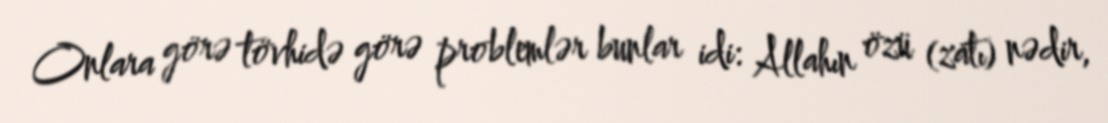
Onlara görə tövhidə görə problemlər bunlar idi: Allahın özü (zatı) nədir,